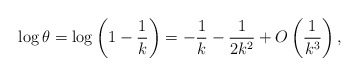
\begin{align*}\log \theta=\log \left( 1-\frac{1}{k}\right)=-\frac{1}{k}-\frac{1}{2k^2}+O\left( \frac{1}{k^3}\right),\end{align*}